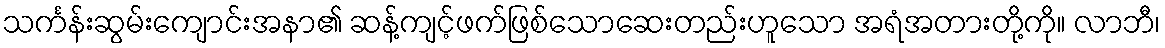
သင်္ကန်းဆွမ်းကျောင်းအနာ၏ ဆန့်ကျင့်ဖက်ဖြစ်သောဆေးတည်းဟူသော အရံအတားတို့ကို။ လာဘီ၊